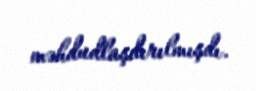
məhdudlaşdırılmışdı.